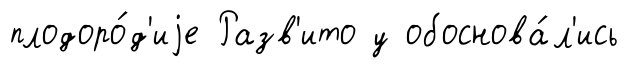
плодоро́д'иjе Разв'ито у обоснова́л'ись